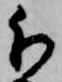
分